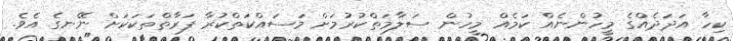
ކިހާ އަދަދެއްގެ މީހުންނެއް ކަމެއް މީހުން ސަލާމަތްކުރުމަށް މަސައްކަތްކުރާ ފަރާތްތަކަކަށް ނޭނގެ އެވެ.